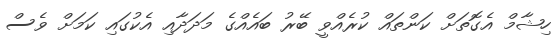
ހިޝާމް އެގޮތަށް ކަންތައް ކުރެއްވީ ބޭރު ބައެއްގެ މަދަދާއި އެކުގައި ކަމަށް ވެސް